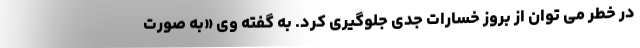
در خطر می توان از بروز خسارات جدی جلوگیری کرد. به گفته وی «به صورت